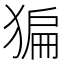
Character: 猵